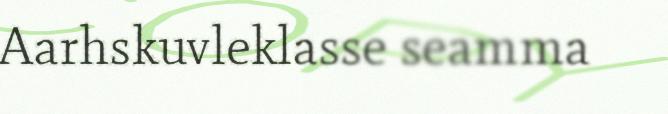
Aarhskuvleklasse seamma